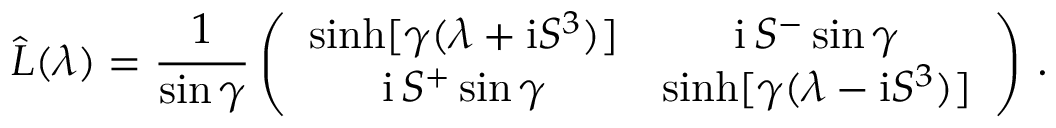
\widehat { L } ( \lambda ) = \frac { 1 } { \sin \gamma } \left( \begin{array} { c c } { { \sinh [ \gamma ( \lambda + \mathrm { i } S ^ { 3 } ) ] } } & { { \mathrm { i } \, S ^ { - } \sin \gamma } } \\ { { \mathrm { i } \, S ^ { + } \sin \gamma } } & { { \sinh [ \gamma ( \lambda - \mathrm { i } S ^ { 3 } ) ] } } \end{array} \right) \, .